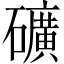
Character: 礦